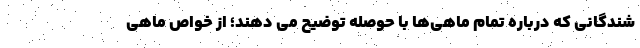
شندگانی که درباره تمام ماهی‌ها با حوصله توضیح می دهند؛ از خواص ماهی